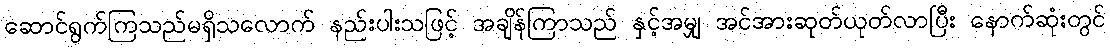
ဆောင်ရွက်ကြသည်မရှိသလောက် နည်းပါးသဖြင့် အချိန်ကြာသည် နှင့်အမျှ အင်အားဆုတ်ယုတ်လာပြီး နောက်ဆုံးတွင်